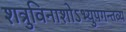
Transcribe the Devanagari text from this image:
शत्रुविनाशोऽभ्युपगन्तव्य